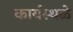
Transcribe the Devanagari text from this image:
कार्यस्थळे